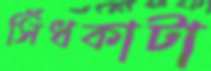
সিঁধকাটা